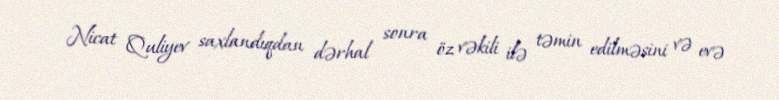
Nicat Quliyev saxlandıqdan dərhal sonra öz vəkili ilə təmin edilməsini və evə